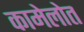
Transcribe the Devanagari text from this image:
कामेलोत